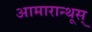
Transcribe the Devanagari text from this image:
आमारान्थूस्